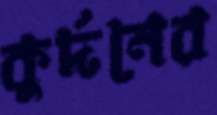
কুর্দনের